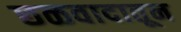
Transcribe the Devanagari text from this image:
छळवादातून